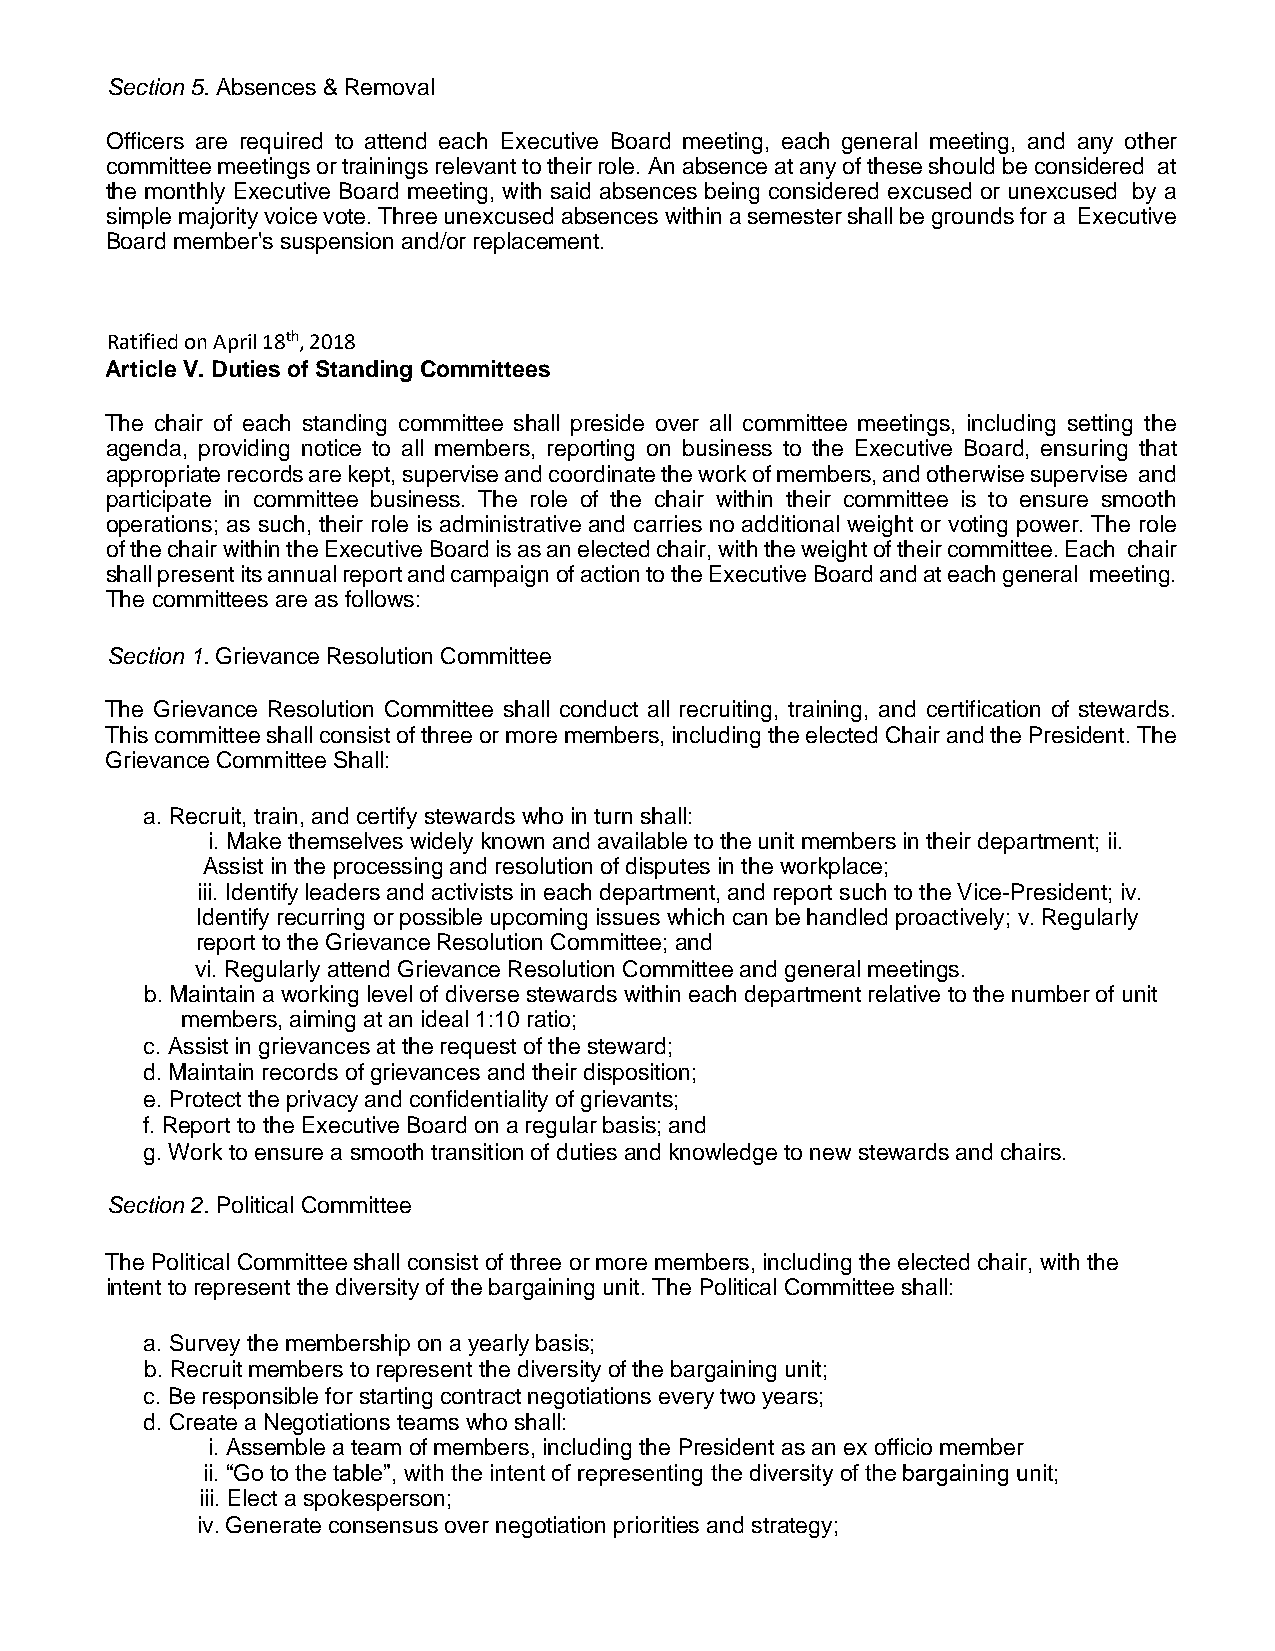
Section 5. Absences & Removal
 Officers are required to attend each Executive Board meeting, each general meeting, and any other
 committee meetings or trainings relevant to their role. An absence at any of these should be considered at
 the monthly Executive Board meeting, with said absences being considered excused or unexcused by a
 simple majority voice vote. Three unexcused absences within a semester shall be grounds for a Executive
 Board member's suspension and/or replacement.
 Ratified on April 18th, 2018
 Article V. Duties of Standing Committees
 The chair of each standing committee shall preside over all committee meetings, including setting the
 agenda, providing notice to all members, reporting on business to the Executive Board, ensuring that
 appropriate records are kept, supervise and coordinate the work of members, and otherwise supervise and
 participate in committee business. The role of the chair within their committee is to ensure smooth
 operations; as such, their role is administrative and carries no additional weight or voting power. The role
 of the chair within the Executive Board is as an elected chair, with the weight of their committee. Each chair
 shall present its annual report and campaign of action to the Executive Board and at each general meeting.
 The committees are as follows:
 Section 1. Grievance Resolution Committee
 The Grievance Resolution Committee shall conduct all recruiting, training, and certification of stewards.
 This committee shall consist of three or more members, including the elected Chair and the President. The
 Grievance Committee Shall:
 a. Recruit, train, and certify stewards who in turn shall:
 i. Make themselves widely known and available to the unit members in their department; ii.
 Assist in the processing and resolution of disputes in the workplace;
 iii. Identify leaders and activists in each department, and report such to the Vice-President; iv.
 Identify recurring or possible upcoming issues which can be handled proactively; v. Regularly
 report to the Grievance Resolution Committee; and
 vi. Regularly attend Grievance Resolution Committee and general meetings.
 b. Maintain a working level of diverse stewards within each department relative to the number of unit
 members, aiming at an ideal 1:10 ratio;
 c. Assist in grievances at the request of the steward;
 d. Maintain records of grievances and their disposition;
 e. Protect the privacy and confidentiality of grievants;
 f. Report to the Executive Board on a regular basis; and
 g. Work to ensure a smooth transition of duties and knowledge to new stewards and chairs.
 Section 2. Political Committee
 The Political Committee shall consist of three or more members, including the elected chair, with the
 intent to represent the diversity of the bargaining unit. The Political Committee shall:
 a. Survey the membership on a yearly basis;
 b. Recruit members to represent the diversity of the bargaining unit;
 c. Be responsible for starting contract negotiations every two years;
 d. Create a Negotiations teams who shall:
 i. Assemble a team of members, including the President as an ex officio member
 ii. “Go to the table”, with the intent of representing the diversity of the bargaining unit;
 iii. Elect a spokesperson;
 iv. Generate consensus over negotiation priorities and strategy;